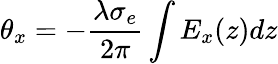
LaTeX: \theta_{x}=-\frac{\lambda\sigma_{e}}{2\pi}\int{E_{x}(z)}dz